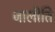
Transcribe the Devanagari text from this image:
जालीति